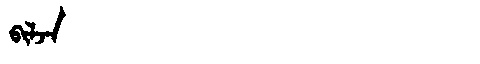
Manchu: ᠪᡳᠯᠵᠠ
Romanization: BILJA